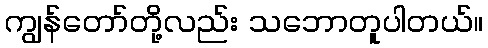
ကျွန်တော်တို့လည်း သဘောတူပါတယ်။